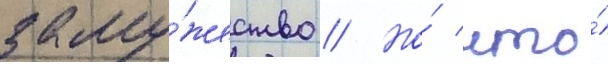
заму́жество // Но́ что́